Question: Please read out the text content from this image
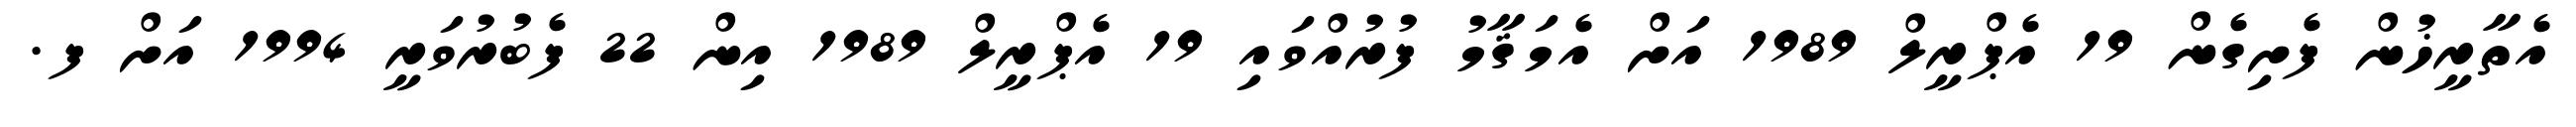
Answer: އެތާރީޚުން ފެށިގެން 19 އެޕްރީލް 1989 އަށް އެމަޤާމު ފުރުއްވައި 19 އެޕްރީލް 1989 އިން 22 ފެބުރުވަރީ 1994 އަށް ފ.